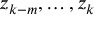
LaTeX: z _ { k - m } , \ldots , z _ { k }